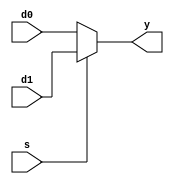

`timescale 1ns/1ns

module mux2 (d0,d1,s,y);

parameter n=32;

input [n-1:0] d0;
input [n-1:0] d1;
input s;
output [n-1:0] y;

assign y = s ? d1 : d0;

endmodule